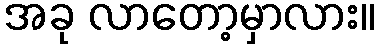
အခု လာတော့မှာလား။